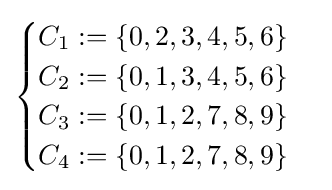
{\begin{cases}C_{1}:=\{0,2,3,4,5,6\}\\C_{2}:=\{0,1,3,4,5,6\}\\C_{3}:=\{0,1,2,7,8,9\}\\C_{4}:=\{0,1,2,7,8,9\}\\\end{cases}}